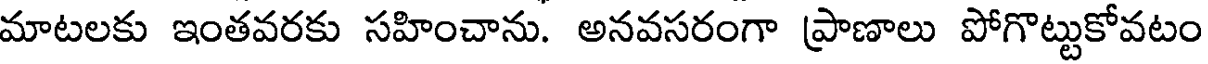
మాటలకు ఇంతవరకు సహించాను. అనవసరంగా ప్రాణాలు పోగొట్టుకోవటం